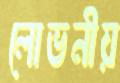
লোভনীয়